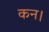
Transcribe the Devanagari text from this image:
कन।